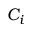
C _ { i }